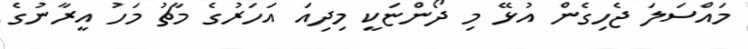
މައްސަލަ ޖެހިގެން އުޅޭ މި ދޯންޏަކީ މިދިއަ އަހަރުގެ މާޗު މަހު އީރާނުގެ